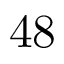
4 8